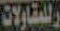
للمقاولات